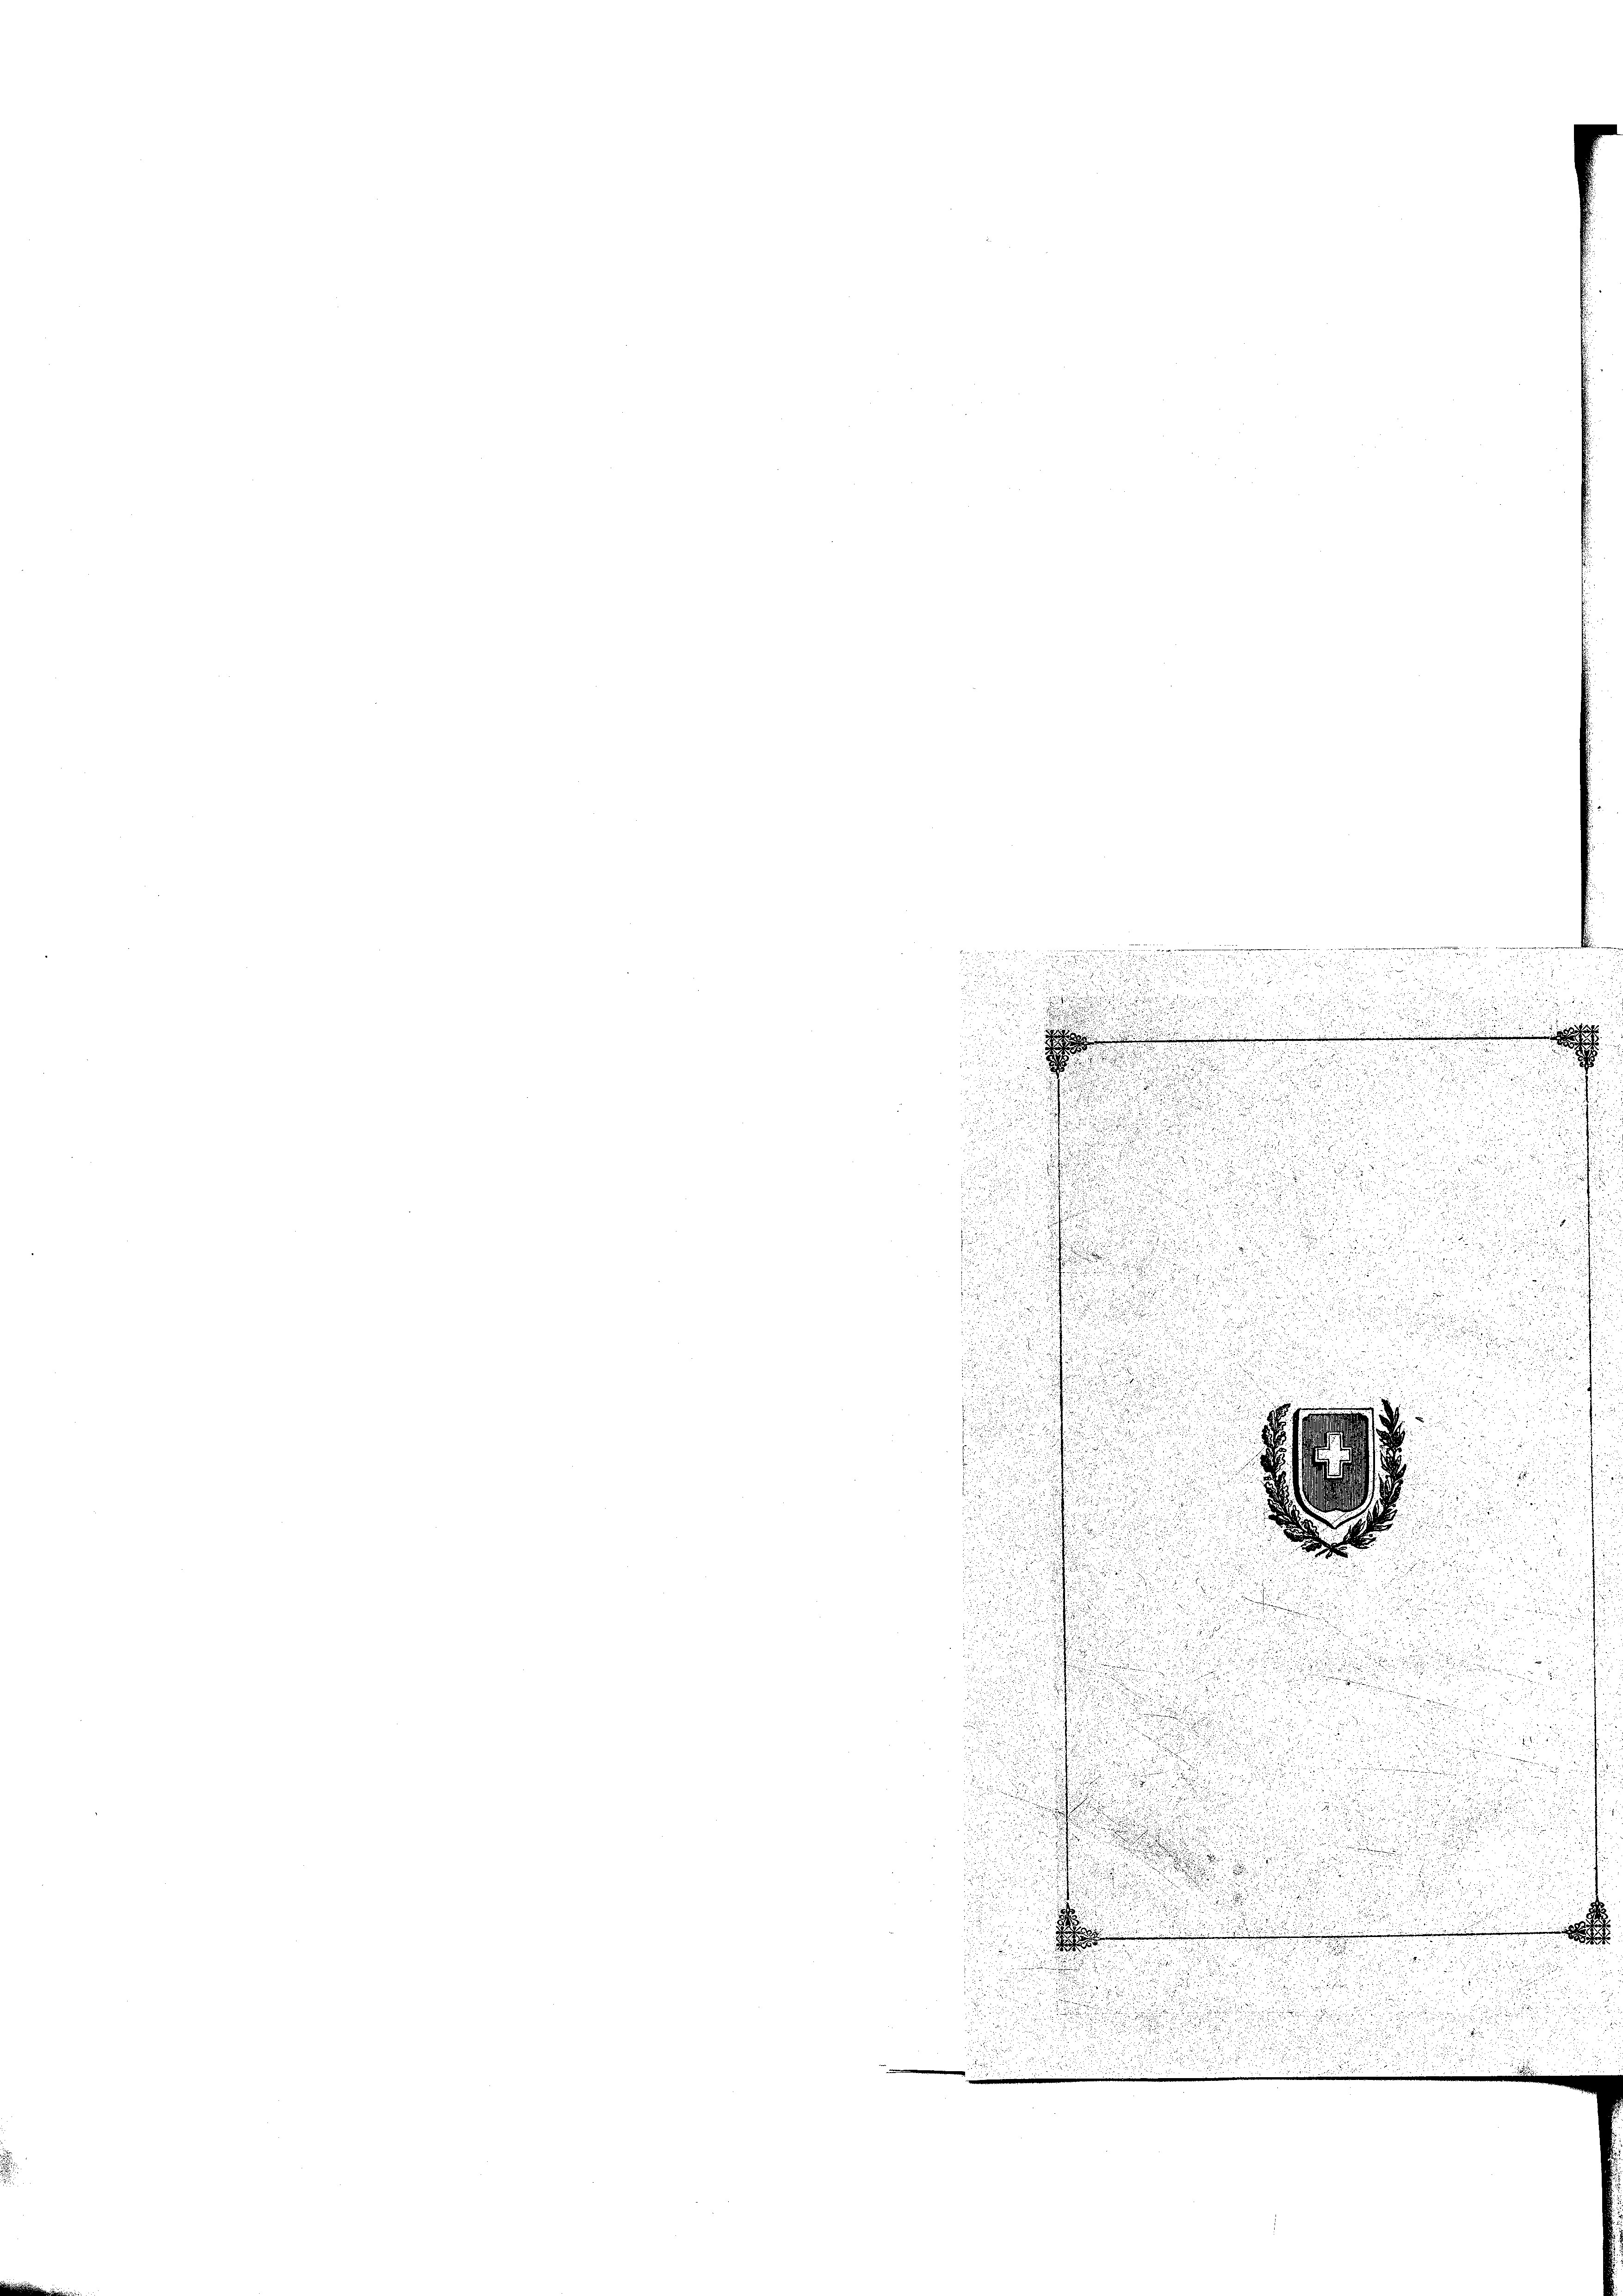
n
.

i

.

i
e
.
d
i

u
u
.

u
f

l
u
u
.
.
t
i

n

.